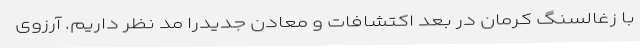
با زغالسنگ کرمان در بعد اکتشافات و معادن جدیدرا مد نظر داریم. آرزوی